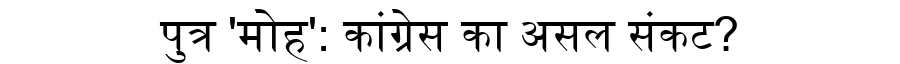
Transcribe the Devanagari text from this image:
पुत्र 'मोह': कांग्रेस का असल संकट?